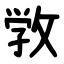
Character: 敩